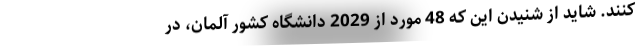
کنند. شاید از شنیدن این که 48 مورد از 2029 دانشگاه کشور آلمان، در